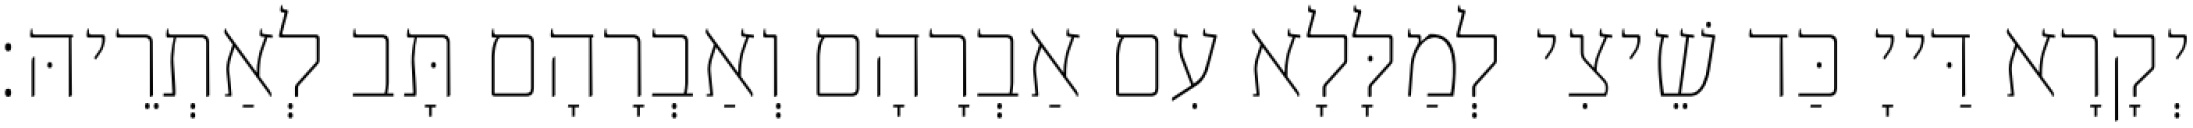
יְקָרָא דַּייָ כַּד שֵׁיצִי לְמַלָּלָא עִם אַבְרָהָם וְאַבְרָהָם תָּב לְאַתְרֵיהּ׃